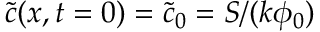
\tilde { c } ( x , t = 0 ) = \tilde { c } _ { 0 } = S / ( k \phi _ { 0 } )